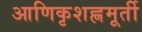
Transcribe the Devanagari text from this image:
आणिकृशह्णमूर्ती